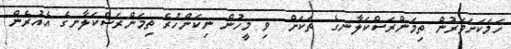
ހަމަކަށަވަރުން ތިމަންރަސްކަލާނގެ  ތަކަށް  ވި މީހުން ނިކަންހުރެ ތިމަންރަސްކަލާނގެ އެއުރެން